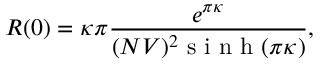
R ( 0 ) = \kappa \pi \frac { e ^ { \pi \kappa } } { ( N V ) ^ { 2 } \textrm { s i n h } ( \pi \kappa ) } ,